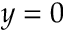
y = 0